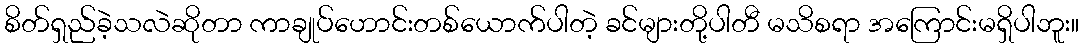
စိတ်ရှည်ခဲ့သလဲဆိုတာ ကာချုပ်ဟောင်းတစ်ယောက်ပါတဲ့ ခင်များတို့ပါတီ မသိစရာ အကြောင်းမရှိပါဘူး။